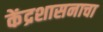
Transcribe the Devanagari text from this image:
केंद्रशासनाचा